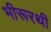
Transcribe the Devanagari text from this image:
भीरूरथी